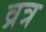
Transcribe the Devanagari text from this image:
व्रत्र